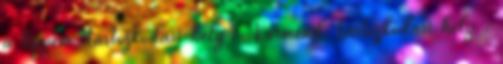
a tippem Tartózkodási hely : Körmend Tartózkodási hely :